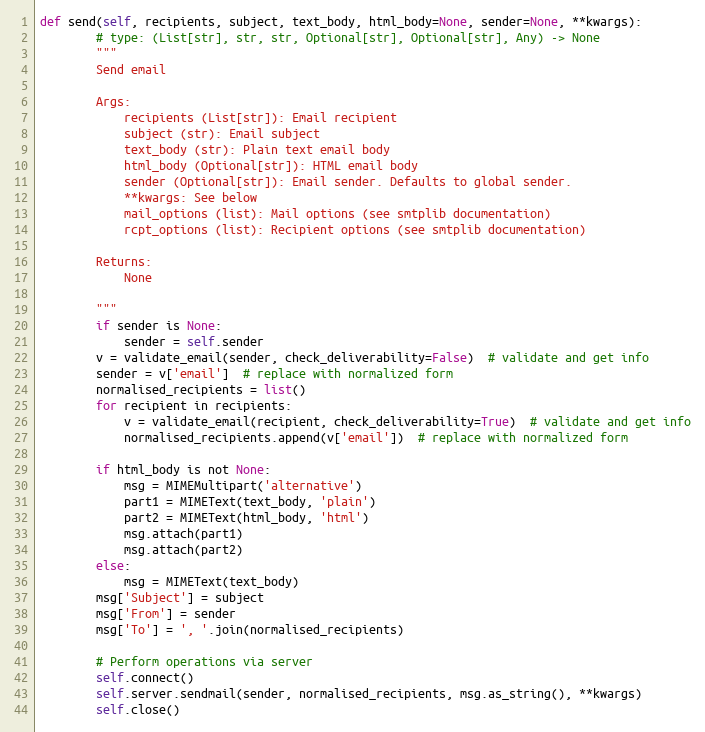
Language: Python
def send(self, recipients, subject, text_body, html_body=None, sender=None, **kwargs):
        # type: (List[str], str, str, Optional[str], Optional[str], Any) -> None
        """
        Send email

        Args:
            recipients (List[str]): Email recipient
            subject (str): Email subject
            text_body (str): Plain text email body
            html_body (Optional[str]): HTML email body
            sender (Optional[str]): Email sender. Defaults to global sender.
            **kwargs: See below
            mail_options (list): Mail options (see smtplib documentation)
            rcpt_options (list): Recipient options (see smtplib documentation)

        Returns:
            None

        """
        if sender is None:
            sender = self.sender
        v = validate_email(sender, check_deliverability=False)  # validate and get info
        sender = v['email']  # replace with normalized form
        normalised_recipients = list()
        for recipient in recipients:
            v = validate_email(recipient, check_deliverability=True)  # validate and get info
            normalised_recipients.append(v['email'])  # replace with normalized form

        if html_body is not None:
            msg = MIMEMultipart('alternative')
            part1 = MIMEText(text_body, 'plain')
            part2 = MIMEText(html_body, 'html')
            msg.attach(part1)
            msg.attach(part2)
        else:
            msg = MIMEText(text_body)
        msg['Subject'] = subject
        msg['From'] = sender
        msg['To'] = ', '.join(normalised_recipients)

        # Perform operations via server
        self.connect()
        self.server.sendmail(sender, normalised_recipients, msg.as_string(), **kwargs)
        self.close()